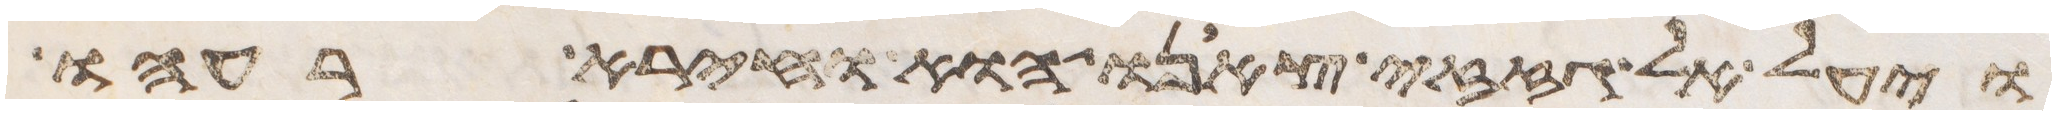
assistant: ויעל אל גזזי צאנו הוא וחירה רעהו